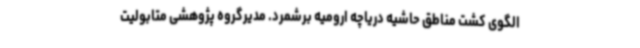
الگوی کشت مناطق حاشیه دریاچه ارومیه برشمرد. مدیرگروه پژوهشی متابولیت